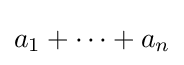
a_{1}+\cdots +a_{n}